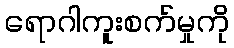
ရောဂါကူးစက်မှုကို